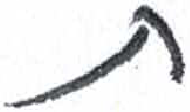
אות: ת